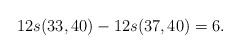
LaTeX: \begin{align*}12s(33,40)-12s(37,40)=6.\end{align*}